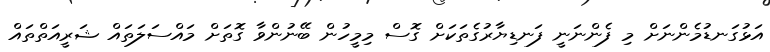
އަޅުގަނޑުމެންނަށް މި ފެންނަނީ ފަނޑިޔާރުގެތަކަށް ގޮސް މިމީހުން ބޭނުންވާ ގޮތަށް މައްސަލަތައް ޝަރީއަތްތައް